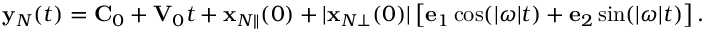
\begin{array} { r } { { \bf y } _ { N } ( t ) = { \bf C } _ { 0 } + { \bf V } _ { 0 } t + { \bf x } _ { N \Vert } ( 0 ) + | { \bf x } _ { N \bot } ( 0 ) | \left[ { \bf e } _ { 1 } \cos ( | \boldsymbol { \omega } | t ) + { \bf e } _ { 2 } \sin ( | \boldsymbol { \omega } | t ) \right] . } \end{array}